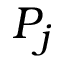
P _ { j }